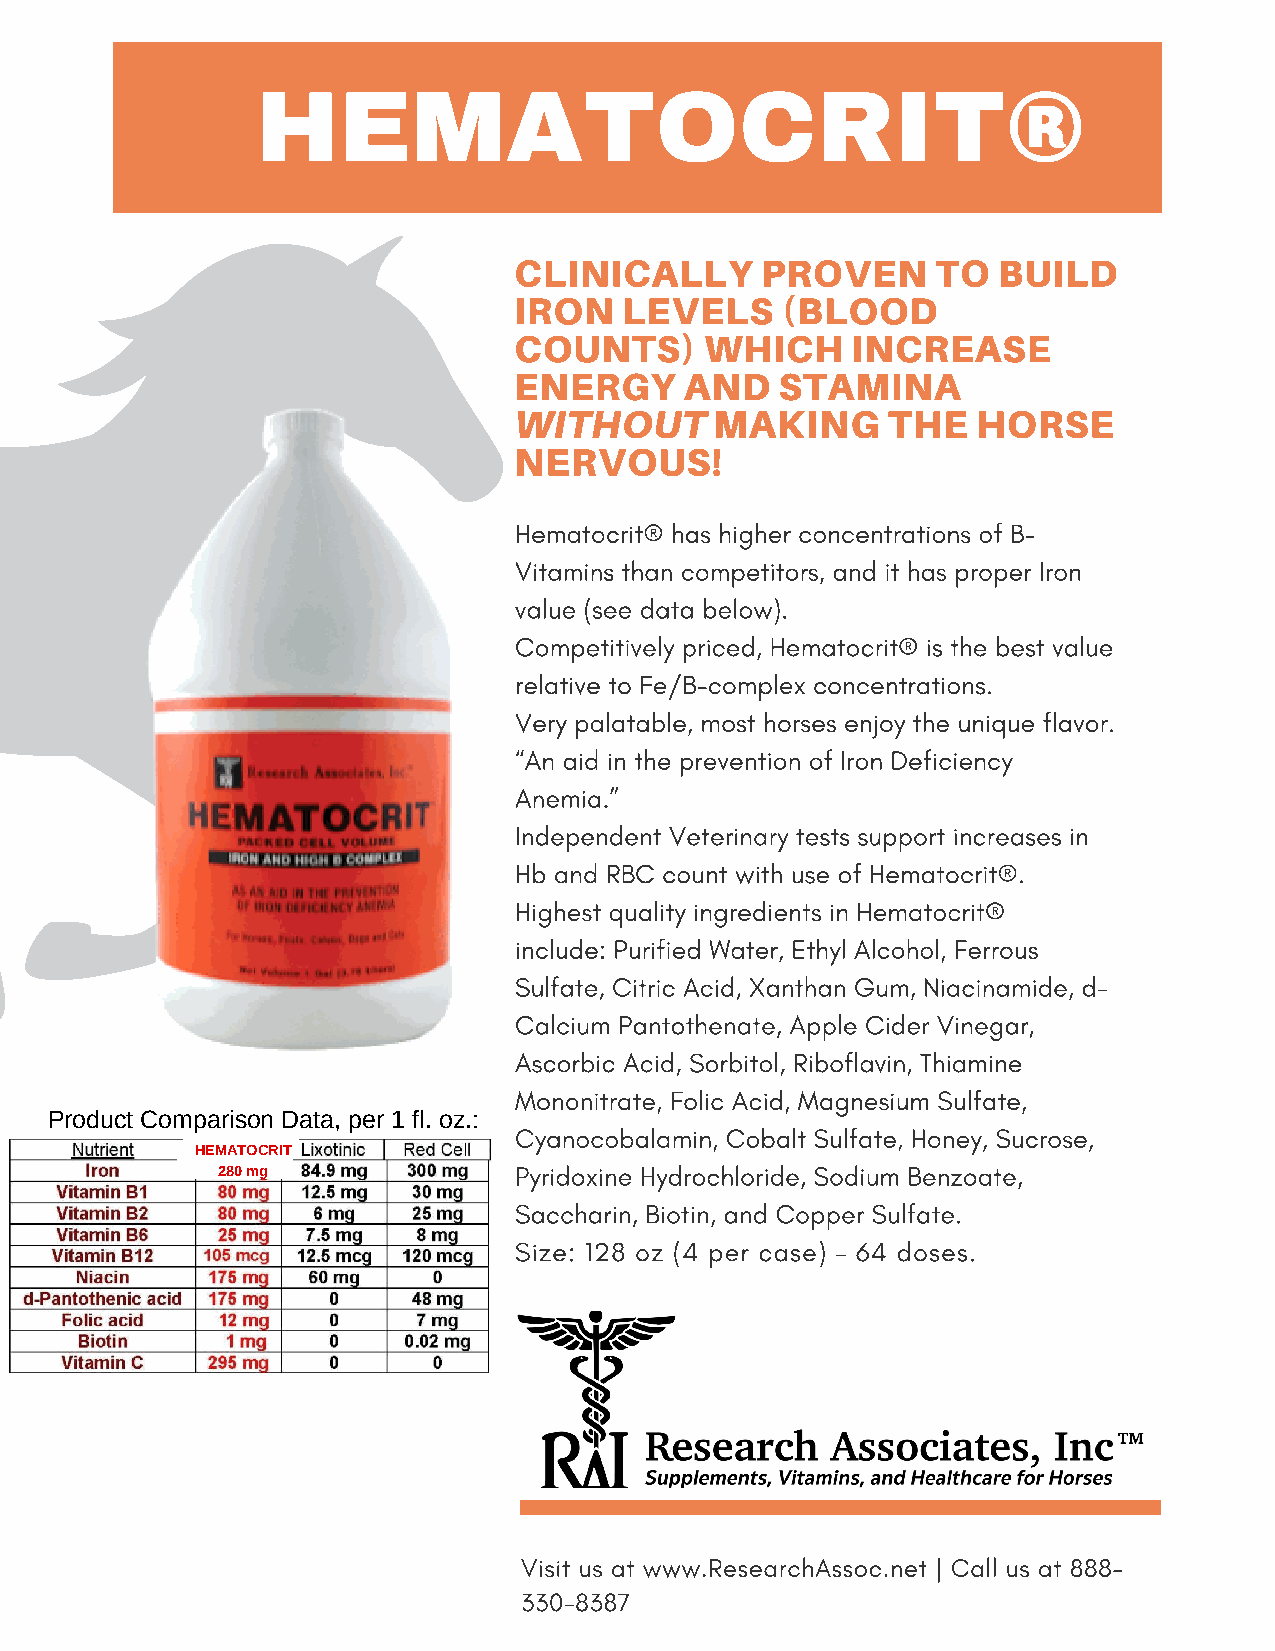
HEMATOCRIT®
 CLINICALLY      PROVEN      TO  BUILD
 IRON   LEVELS     (BLOOD
 COUNTS)      WHICH    INCREASE
 ENERGY     AND    STAMINA
 WITHOUT      MAKING      THE   HORSE
 NERVOUS!
 Hematocrit® has higher concentrations of B-
 Vitamins than competitors, and it has proper Iron
 value (see data below).
 Competitively priced, Hematocrit® is the best value
 relative to Fe/B-complex concentrations.
 Very palatable, most horses enjoy the unique flavor.
 “An aid in the prevention of Iron Deficiency
 Anemia.”
 Independent Veterinary tests support increases in
 Hb and RBC count with use of Hematocrit®.
 Highest quality ingredients in Hematocrit®
 include: Purified Water, Ethyl Alcohol, Ferrous
 Sulfate, Citric Acid, Xanthan Gum, Niacinamide, d-
 Calcium Pantothenate, Apple Cider Vinegar,
 Ascorbic Acid, Sorbitol, Riboflavin, Thiamine
 Mononitrate, Folic Acid, Magnesium Sulfate,
 Product Comparison Data, per 1 fl. oz.:
 Cyanocobalamin, Cobalt Sulfate, Honey, Sucrose,
 HEMATOCRIT
 280 mg              Pyridoxine Hydrochloride, Sodium Benzoate,
 Saccharin, Biotin, and Copper Sulfate.
 Size: 128 oz (4 per case) – 64 doses.
 Visit us at www.ResearchAssoc.net | Call us at 888-
 330-8387